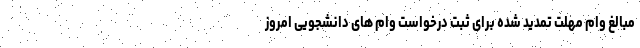
مبالغ وام مهلت تمدید شده برای ثبت درخواست وام های دانشجویی امروز